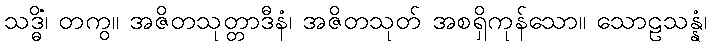
သဒ္ဓိံ၊ တကွ။ အဇိတသုတ္တာဒီနံ၊ အဇိတသုတ် အစရှိကုန်သော။ သောဠသန္နံ၊